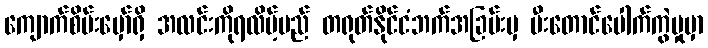
ကျောက်စိမ်းမှော်ရှိ အလင်းကိုရလိမ့်မည် တရုတ်နိုင်ငံဘက်အခြမ်းမှ မီးတောင်ပေါက်ကွဲမှုမှာ